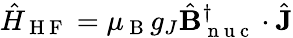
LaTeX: \hat{H}_{\mathrm{~H~F~}}=\mu_{\mathrm{~B~}}g_{J}\hat{\mathbf{B}}_{\mathrm{~n~u~c~}}^{\dagger}\cdot\hat{\mathbf{J}}